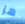
هز